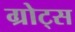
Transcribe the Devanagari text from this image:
ग्रोट्स